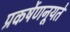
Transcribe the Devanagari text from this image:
प्रकर्षेणनूयते